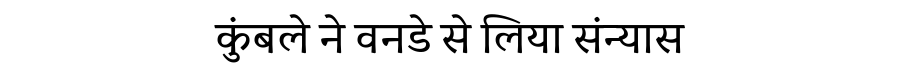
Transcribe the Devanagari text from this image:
कुंबले ने वनडे से लिया संन्यास